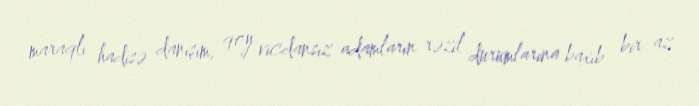
maraqlı hadisə danışım, qoy vicdansız adamların rəzil durumlarına baxıb bir az